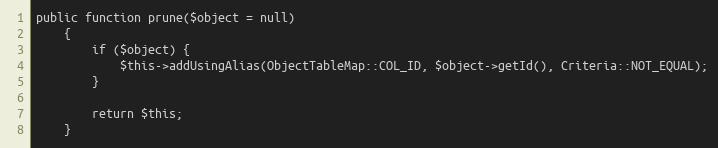
Language: PHP
public function prune($object = null)
    {
        if ($object) {
            $this->addUsingAlias(ObjectTableMap::COL_ID, $object->getId(), Criteria::NOT_EQUAL);
        }

        return $this;
    }